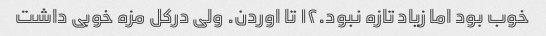
خوب بود اما زیاد تازه نبود.۱۲ تا اوردن. ولی درکل مزه خوبی داشت